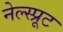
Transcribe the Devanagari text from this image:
नेल्स्प्रूट